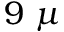
9 \ \mu